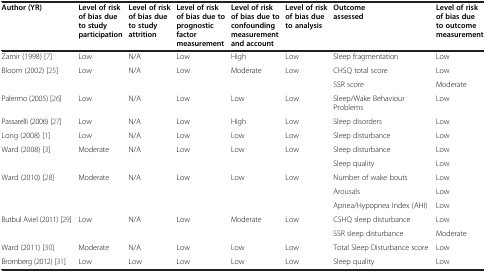
| Author (YR) | Level of risk of bias due to study participation | Level of risk of bias due to study attrition | Level of risk of bias due to prognostic factor measurement | Level of risk of bias due to confounding measurement and account | Level of risk of bias due to analysis | Outcome assessed | Level of risk of bias due to outcome measurement |
 | --- | --- | --- | --- | --- | --- | --- | --- |
 | Zamir (1998) [7] | Low | N/A | Low | High | Low | Sleep fragmentation | Low |
 | <ROWSPAN=2> Bloom (2002) [25] | <ROWSPAN=2> Low | <ROWSPAN=2> N/A | <ROWSPAN=2> Low | <ROWSPAN=2> Moderate | <ROWSPAN=2> Low | CHSQ total score | Low |
 | SSR score | Moderate |
 | Palermo (2005) [26] | Low | N/A | Low | Low | Low | Sleep/Wake Behaviour Problems | Low |
 | Passarelli (2006) [27] | Low | N/A | Low | High | Low | Sleep disorders | Low |
 | Long (2008) [1] | Low | N/A | Low | Low | Low | Sleep disturbance | Low |
 | <ROWSPAN=2> Ward (2008) [3] | <ROWSPAN=2> Moderate | <ROWSPAN=2> N/A | <ROWSPAN=2> Low | <ROWSPAN=2> Low | <ROWSPAN=2> Low | Sleep disturbance | Low |
 | Sleep quality | Low |
 | <ROWSPAN=3> Ward (2010) [28] | <ROWSPAN=3> Moderate | <ROWSPAN=3> N/A | <ROWSPAN=3> Low | <ROWSPAN=3> Low | <ROWSPAN=3> Low | Number of wake bouts | Low |
 | Arousals | Low |
 | Apnea/Hypopnea Index (AHI) | Low |
 | <ROWSPAN=2> Butbul Aviel (2011) [29] | <ROWSPAN=2> Low | <ROWSPAN=2> N/A | <ROWSPAN=2> Low | <ROWSPAN=2> Moderate | <ROWSPAN=2> Low | CSHQ sleep disturbance | Low |
 | SSR sleep disturbance | Moderate |
 | Ward (2011) [30] | Moderate | N/A | Low | Low | Low | Total Sleep Disturbance score | Low |
 | Bromberg (2012) [31] | Low | Low | Low | Low | Low | Sleep quality | Low |